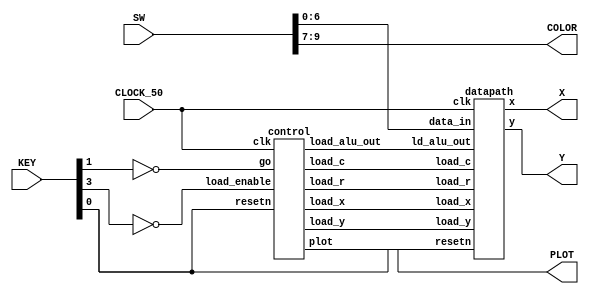
module control_data(CLOCK_50, SW, KEY, X,Y, COLOR, PLOT);
	//Define the inputs of the module
	input			CLOCK_50;				//	50 MHz
	input   [9:0]   SW;
	input   [3:0]   KEY;
	// Define the ouputs of the module that will be inputs of VGA
	output [2:0] COLOR;
	output [7:0] X;
	output [6:0] Y;
	output PLOT;
	

	// Create the colour, x, y and writeEn wires that are inputs to the controller.
	wire writeEn;
	wire [6:0]INPUT;
	wire go, resetn , load_enable;
	//Assign corresponding keys into the wires.
	assign resetn = KEY[0];
	assign COLOR = SW[9:7];
	assign  go = ~KEY[1];
	assign INPUT = SW[6:0];
	assign load_enable = ~KEY[3];

	// ALl the wires that we need to connect control and datapath
	wire load_x, load_y, load_r, load_c, ld_alu_out;

	// Instansiate datapath
	datapath d0(
		.clk(CLOCK_50),
		.resetn(resetn),

		.load_x(load_x),
		.load_y(load_y),
		.load_r(load_r),
		.load_c(load_c),
		.ld_alu_out(ld_alu_out),

		.data_in(INPUT),

		.x(X),
		.y(Y)
		);

    // Instansiate FSM control
     control c0(
		.clk(CLOCK_50),
		.resetn(resetn),
		.go(go),
		.load_enable(load_enable),

		// Outputs that are being put into the datapath and the VGA
		.load_x(load_x),
		.load_y(load_y),
		.load_r(load_r),
		.load_c(load_c),
		.load_alu_out(ld_alu_out),
		.plot(PLOT)
		);
endmodule


module datapath(input clk,
	 	input resetn,
		input load_x,
		input load_y,
		input load_r,
		input load_c,
		input ld_alu_out,
		input [6:0]data_in,
		output reg [7:0]x, output reg [6:0]y);
	// Declare the registers that we will have
	reg [7:0]x_reg;
	reg [6:0] y_reg;
	reg [3:0] counter;
	reg [14:0] alu_output;
	// Define the two outputs of our ALU unit
	reg [7:0] x_alu;
	reg [6:0] y_alu;

	//Input Logic for Load registers
	always@(posedge clk)
	begin: InputLogic
		if(!resetn) begin
			x <= 8'b0;
			y <= 7'b0;
			x_reg <=8'b0;
			y_reg <=7'b0;
			x_alu <= 8'b0;
			y_alu <= 7'b0;
			counter <= 4'b0;
		end
		else begin
		     if(load_x)
		    // Set x depending on the signal of ldu_alu_out, first 8 bits of the alu_out
			x_reg <= ld_alu_out? {1'b0,data_in}: {1'b0,data_in};
		     if(load_y)
			y_reg <= ld_alu_out? {1'b0,data_in}: {1'b0,data_in};
		end
	end
	//Output Result Register
	always@(posedge clk)
	begin:Output
		if(!resetn) begin
			x <= 8'b0;
			y <= 8'b0;
		end
		else
		   begin
		   if(load_r)
			x <=  x_alu;	// Set the output x to the first 8 bits
			y <=  y_alu; // Set the output y to the first 7 bits
	           end
	end

	//LOgic for the Counter register
	always@(posedge clk)
	begin:COUNTERLOGIC
		if(counter == 4'd15)  // the reset case is already being handled before
		    counter <= 4'b00; // When we reach 15 we reset it again and keep counting
		else begin
		    if(load_c == 1'b1)
		    counter <= counter + 1'b1; // add one on every clock edge
		end
	end
	// The ALU Implementation
	always@(*)
	begin:ALU
		// We add the two most significant bits to Y and the least to X
		x_alu = x_reg + {6'b0,counter[1:0]};
		y_alu = y_reg + {5'b0,counter[3:2]};
	end
endmodule

module control(input clk,
		input resetn,
		input go,
		input load_enable,
		output reg load_x, load_y, load_r, load_c,
		output reg load_alu_out,
		output reg plot);
	// Declare the State table to refer to it later
	localparam LOAD_X = 3'd0,
		   LOAD_X_WAIT = 3'd1,
		   LOAD_Y = 3'd2,
		   LOAD_Y_WAIT = 3'd3,
		   DISPLAY_RESULT = 3'd4;

	reg [2:0] current_state, next_state;

	// Create the always block for the next state logic
	always@(*)
	begin: state_table
	     case(current_state)
		LOAD_X:	 next_state = load_enable? LOAD_X_WAIT:LOAD_X;	//loop in its state until go signal goes high again
		LOAD_X_WAIT:  next_state = load_enable? LOAD_X_WAIT: LOAD_Y; //loop in its state until go signal goes high again
		LOAD_Y: next_state = (load_enable)? LOAD_Y_WAIT: LOAD_Y; //loop in its state until go signal goes high again
		LOAD_Y_WAIT: next_state = go? DISPLAY_RESULT: LOAD_Y_WAIT; //loop in its state until go signal goes high again
		DISPLAY_RESULT: next_state = go? DISPLAY_RESULT:LOAD_X; //loop in its state until go signal goes high again
	     default: next_state = LOAD_X;
	     endcase
	end // THis was the state table
	//Output logic, everything that the data path will receive as input goes here.
	always@(*)
	begin:OutLogic
	// Set all of them to zero
	   load_x = 1'b0;
	   load_y = 1'b0;
       	   load_r = 1'b0;
	   load_c = 1'b0;
	   load_alu_out = 1'b0;
	   case(current_state)
		LOAD_X: begin
		  load_x = 1'b1; // send signal to allow X to be loaded
		  load_alu_out = 1'b1; // Select the mux to choose the data from data_in
		  end
		LOAD_Y: begin
		  load_y = 1'b1; // send signal to allow Y to be loaded
		  load_alu_out = 1'b1; // Select the mux to choose the data from data_in
		   end
		DISPLAY_RESULT: begin
		  load_x = 1'b1; // When we will perform the computation
		  load_y = 1'b1; // All of the registers must be open and ready to be loaded.
		  load_r = 1'b1;
		  load_c = 1'b1;
		  load_alu_out = 1'b0;
		  plot = 1'b1;
		  end
	   endcase
	end

	//CUrrent state registers logic on positive clock edge
	always@(posedge clk)
	begin: StateFFs
		if(!resetn)
			current_state <= LOAD_X;
		else
			current_state <= next_state;
	end // THis is the state FFs that we will use
endmodule